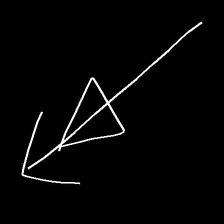
Glyph: pull